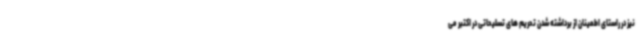
نیز در راستای اطمینان از برداشته شدن تحریم های تسلیحاتی در اکتبر می